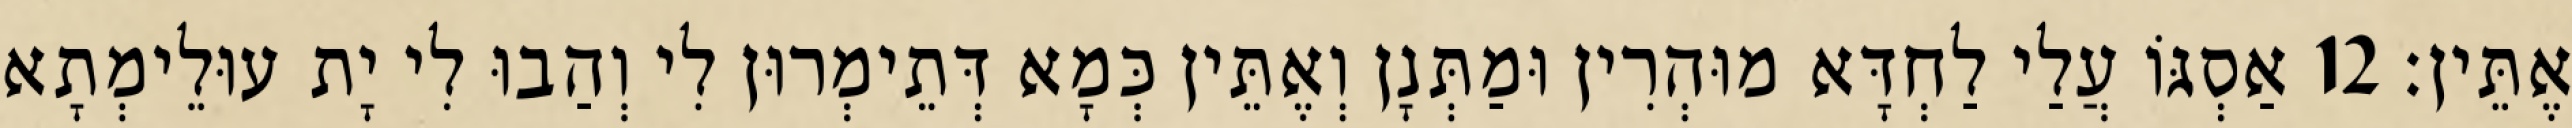
אֶתֵּין׃ 12 אַסְגּוֹ עֲלַי לַחְדָּא מוּהְרִין וּמַתְּנָן וְאֶתֵּין כְּמָא דְּתֵימְרוּן לִי וְהַבוּ לִי יָת עוּלֵימְתָא